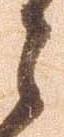
之